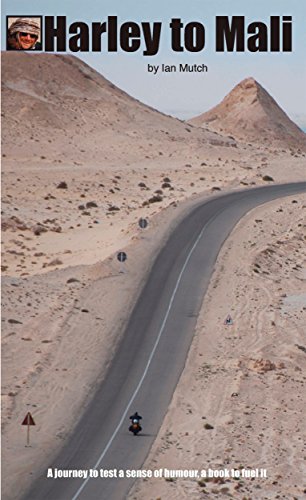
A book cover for Harley to Mali; Ian Mutch; Travel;